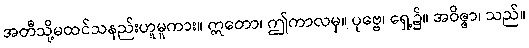
အတီသို့မထင်သနည်းဟူမူကား။ ဣတော၊ ဤကာလမှ။ ပုဗ္ဗေ၊ ရှေ့၌။ အဝိဇ္ဇာ၊ သည်။